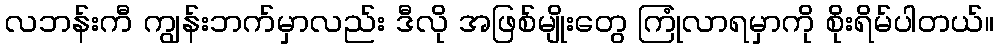
လဘန်းကီ ကျွန်းဘက်မှာလည်း ဒီလို အဖြစ်မျိုးတွေ ကြုံလာရမှာကို စိုးရိမ်ပါတယ်။